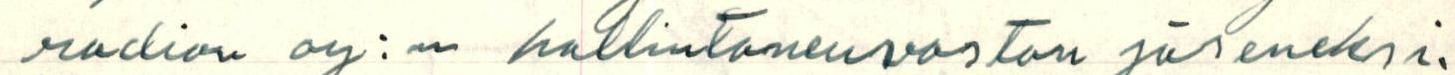
radion oy:n hallintoneuvoston jäseneksi.